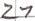
Text: 21